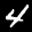
Label: 4